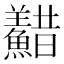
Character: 𩼫